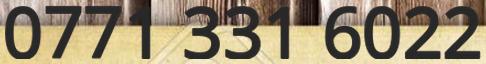
0771 331 6022